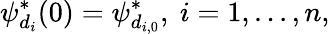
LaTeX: \psi_{d_{i}}^{*}(0)=\psi_{d_{i,0}}^{*},\ i=1,...,n,